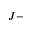
J -